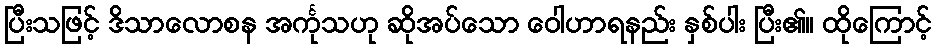
ပြီးသဖြင့် ဒိသာလောစန အင်္ကုသဟု ဆိုအပ်သော ဝေါဟာရနည်း နှစ်ပါး ပြီး၏။ ထိုကြောင့်